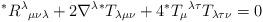
LaTeX: \begin{align*}^{\ast }R^{\lambda }{}_{\mu \nu \lambda }+2\nabla ^{\lambda }{}^{\ast}T_{\lambda \mu \nu }+4{}^{\ast }T_{\mu }{}^{\lambda \tau }{}T_{\lambda \tau\nu }=0 \end{align*}